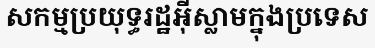
សកម្មប្រយុទ្ធរដ្ឋអ៊ីស្លាមក្នុងប្រទេស